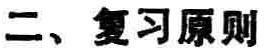
二、复习原则